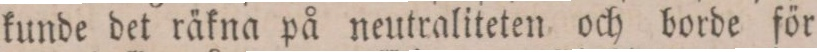
kunde det räkna på neutraliteten och borde för